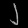
Digit: ၂